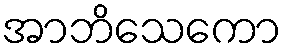
အာဘိသေကော